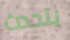
يتحدث